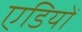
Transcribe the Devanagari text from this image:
एडियों